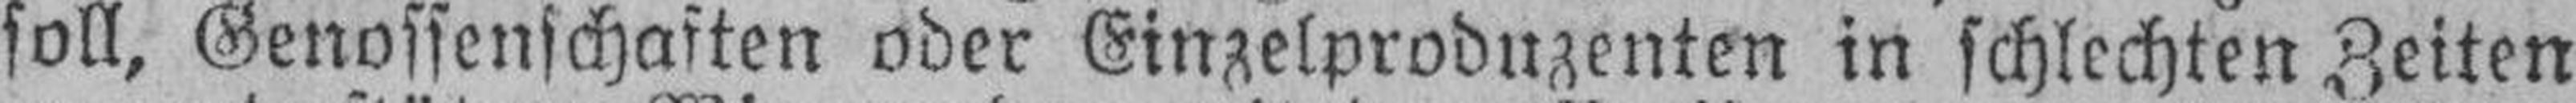
soll, Genossenschaften oder Einzelproduzenten in schlechten Zeiten